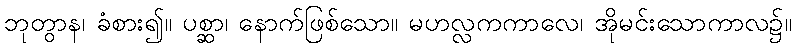
ဘုတွာန၊ ခံစား၍။ ပစ္ဆာ၊ နောက်ဖြစ်သော။ မဟလ္လကကာလေ၊ အိုမင်းသောကာလ၌။